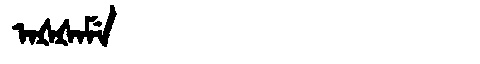
Manchu: ᠠᡧᡧᠠᠮᡝ
Romanization: AŠŠAME